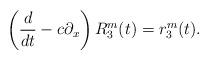
LaTeX: \begin{align*}\left(\frac d{dt}-c\partial_x\right)R_3^m(t)=r_3^m(t).\end{align*}